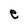
Character: e